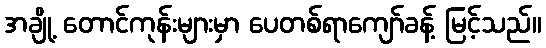
အချို့ တောင်ကုန်းများမှာ ပေတစ်ရာကျော်ခန့် မြင့်သည်။